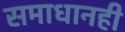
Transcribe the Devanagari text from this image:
समाधानही